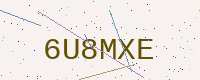
Text: 6U8MXE